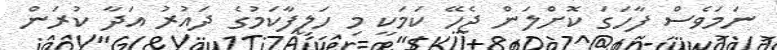
ނަމަވެސް ފާހަގަ ކޮށްލަން ޖެހޭ ކަމަކީ މި ހަލީފާކަމުގެ ދައުރު އަދާ ކުރަން